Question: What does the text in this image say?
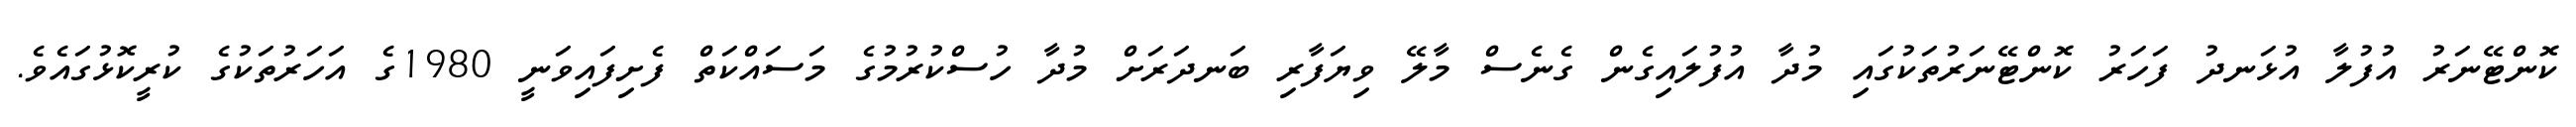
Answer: ކޮންޓޭނަރު އުފުލާ އުޅަނދު ފަހަރު ކޮންޓޭނަރުތަކުގައި މުދާ އުފުލައިގެން ގެނެސް މާލޭ ވިޔަފާރި ބަނދަރަށް މުދާ ހުސްކުރުމުގެ މަސައްކަތް ފެށިފައިވަނީ 1980ގެ އަހަރުތަކުގެ ކުރީކޮޅުގައެވެ.